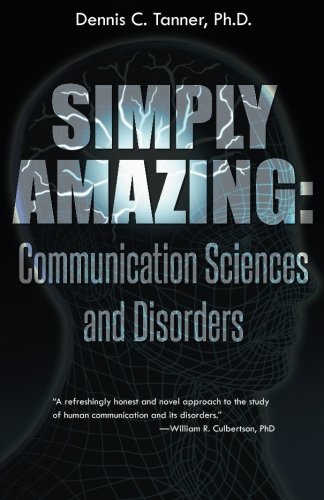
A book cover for Simply Amazing: Communication Sciences and Disorders; Dennis  C. Tanner; Health, Fitness & Dieting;